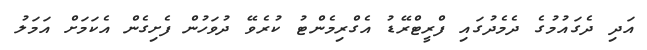
އަދި ދެގައުމުގެ ދެމެދުގައި ފްރީޓްރޭޑު އެގްރިމެންޓު ކުރެވޭ ދުވަހުން ފެށިގެން އެކަމަށް އަމަލު